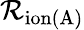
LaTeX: \mathcal{R}_{\mathrm{{ion(A)}}}